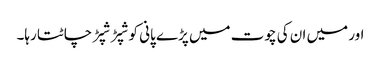
اور میں ان کی چوت میں پڑے پانی کو شپڑ شپڑ چاٹتا رہا۔